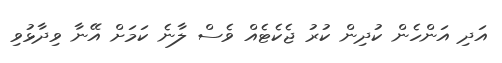
އަދި އަންހެން ކުދިން ކުރު ޖެކެޓެއް ވެސް ލާނެ ކަމަށް އޭނާ ވިދާޅުވި